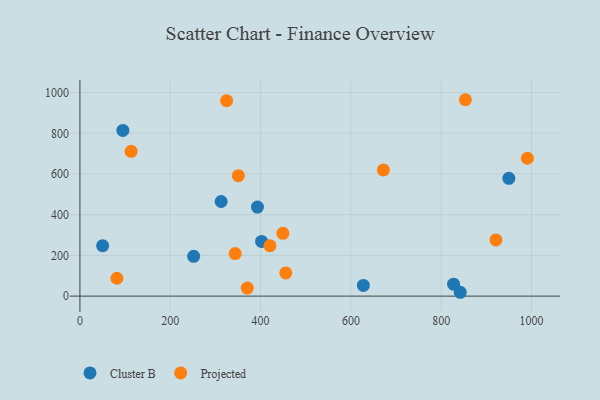
{"axis": {"x": "Experience", "y": "Yield"}, "legend": ["Cluster B", "Projected"], "data": [{"x": "827.4", "y": 58.9, "type": "Cluster B"}, {"x": "393.1", "y": 437.7, "type": "Cluster B"}, {"x": "627.6", "y": 52.5, "type": "Cluster B"}, {"x": "95.1", "y": 814.1, "type": "Cluster B"}, {"x": "50.3", "y": 247.7, "type": "Cluster B"}, {"x": "251.9", "y": 195.7, "type": "Cluster B"}, {"x": "949.8", "y": 578.9, "type": "Cluster B"}, {"x": "402.3", "y": 268.9, "type": "Cluster B"}, {"x": "842.2", "y": 18.9, "type": "Cluster B"}, {"x": "312.7", "y": 465.0, "type": "Cluster B"}, {"x": "370.6", "y": 39.4, "type": "Projected"}, {"x": "343.8", "y": 209.0, "type": "Projected"}, {"x": "672.0", "y": 620.0, "type": "Projected"}, {"x": "350.8", "y": 592.0, "type": "Projected"}, {"x": "420.8", "y": 247.4, "type": "Projected"}, {"x": "990.8", "y": 677.4, "type": "Projected"}, {"x": "113.4", "y": 711.7, "type": "Projected"}, {"x": "455.9", "y": 113.9, "type": "Projected"}, {"x": "921.2", "y": 276.0, "type": "Projected"}, {"x": "81.9", "y": 87.9, "type": "Projected"}, {"x": "853.6", "y": 965.0, "type": "Projected"}, {"x": "324.8", "y": 960.5, "type": "Projected"}, {"x": "449.4", "y": 308.7, "type": "Projected"}]}